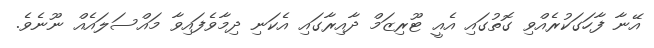
އޭނާ ފާހަގަކުރެއްވި ގޮތުގައި އެއީ ޓޫރިޒަމް ދާއިރާގައި އެކަނި ދިމާވެފައިވާ މައްސަލައެއް ނޫނެވެ.